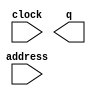
// megafunction wizard: %ROM: 1-PORT%VBB%
// GENERATION: STANDARD
// VERSION: WM1.0
// MODULE: altsyncram 

// ============================================================
// Megafunction Name(s):
// 			altsyncram
//
// Simulation Library Files(s):
// 			altera_mf
// ============================================================
// ************************************************************
// THIS IS A WIZARD-GENERATED FILE. DO NOT EDIT THIS FILE!
//
// 11.0 Build 157 04/27/2011 SJ Full Version
// ************************************************************

//Copyright (C) 1991-2011 Altera Corporation
//Your use of Altera Corporation's design tools, logic functions 
//and other software and tools, and its AMPP partner logic 
//functions, and any output files from any of the foregoing 
//(including device programming or simulation files), and any 
//associated documentation or information are expressly subject 
//to the terms and conditions of the Altera Program License 
//Subscription Agreement, Altera MegaCore Function License 
//Agreement, or other applicable license agreement, including, 
//without limitation, that your use is for the sole purpose of 
//programming logic devices manufactured by Altera and sold by 
//Altera or its authorized distributors.  Please refer to the 
//applicable agreement for further details.

module ROM (
	address,
	clock,
	q);

	input	[18:0]  address;
	input	  clock;
	output	[0:0]  q;
`ifndef ALTERA_RESERVED_QIS
// synopsys translate_off
`endif
	tri1	  clock;
`ifndef ALTERA_RESERVED_QIS
// synopsys translate_on
`endif

endmodule

// ============================================================
// CNX file retrieval info
// ============================================================
// Retrieval info: PRIVATE: ADDRESSSTALL_A NUMERIC "0"
// Retrieval info: PRIVATE: AclrAddr NUMERIC "0"
// Retrieval info: PRIVATE: AclrByte NUMERIC "0"
// Retrieval info: PRIVATE: AclrOutput NUMERIC "0"
// Retrieval info: PRIVATE: BYTE_ENABLE NUMERIC "0"
// Retrieval info: PRIVATE: BYTE_SIZE NUMERIC "8"
// Retrieval info: PRIVATE: BlankMemory NUMERIC "0"
// Retrieval info: PRIVATE: CLOCK_ENABLE_INPUT_A NUMERIC "0"
// Retrieval info: PRIVATE: CLOCK_ENABLE_OUTPUT_A NUMERIC "0"
// Retrieval info: PRIVATE: Clken NUMERIC "0"
// Retrieval info: PRIVATE: IMPLEMENT_IN_LES NUMERIC "0"
// Retrieval info: PRIVATE: INIT_FILE_LAYOUT STRING "PORT_A"
// Retrieval info: PRIVATE: INIT_TO_SIM_X NUMERIC "0"
// Retrieval info: PRIVATE: INTENDED_DEVICE_FAMILY STRING "Cyclone II"
// Retrieval info: PRIVATE: JTAG_ENABLED NUMERIC "0"
// Retrieval info: PRIVATE: JTAG_ID STRING "NONE"
// Retrieval info: PRIVATE: MAXIMUM_DEPTH NUMERIC "0"
// Retrieval info: PRIVATE: MIFfilename STRING "RGB1.mif"
// Retrieval info: PRIVATE: NUMWORDS_A NUMERIC "307200"
// Retrieval info: PRIVATE: RAM_BLOCK_TYPE NUMERIC "2"
// Retrieval info: PRIVATE: RegAddr NUMERIC "1"
// Retrieval info: PRIVATE: RegOutput NUMERIC "1"
// Retrieval info: PRIVATE: SYNTH_WRAPPER_GEN_POSTFIX STRING "0"
// Retrieval info: PRIVATE: SingleClock NUMERIC "1"
// Retrieval info: PRIVATE: UseDQRAM NUMERIC "0"
// Retrieval info: PRIVATE: WidthAddr NUMERIC "19"
// Retrieval info: PRIVATE: WidthData NUMERIC "1"
// Retrieval info: PRIVATE: rden NUMERIC "0"
// Retrieval info: LIBRARY: altera_mf altera_mf.altera_mf_components.all
// Retrieval info: CONSTANT: CLOCK_ENABLE_INPUT_A STRING "BYPASS"
// Retrieval info: CONSTANT: CLOCK_ENABLE_OUTPUT_A STRING "BYPASS"
// Retrieval info: CONSTANT: INIT_FILE STRING "RGB1.mif"
// Retrieval info: CONSTANT: INTENDED_DEVICE_FAMILY STRING "Cyclone II"
// Retrieval info: CONSTANT: LPM_HINT STRING "ENABLE_RUNTIME_MOD=NO"
// Retrieval info: CONSTANT: LPM_TYPE STRING "altsyncram"
// Retrieval info: CONSTANT: NUMWORDS_A NUMERIC "307200"
// Retrieval info: CONSTANT: OPERATION_MODE STRING "ROM"
// Retrieval info: CONSTANT: OUTDATA_ACLR_A STRING "NONE"
// Retrieval info: CONSTANT: OUTDATA_REG_A STRING "CLOCK0"
// Retrieval info: CONSTANT: RAM_BLOCK_TYPE STRING "M4K"
// Retrieval info: CONSTANT: WIDTHAD_A NUMERIC "19"
// Retrieval info: CONSTANT: WIDTH_A NUMERIC "1"
// Retrieval info: CONSTANT: WIDTH_BYTEENA_A NUMERIC "1"
// Retrieval info: USED_PORT: address 0 0 19 0 INPUT NODEFVAL "address[18..0]"
// Retrieval info: USED_PORT: clock 0 0 0 0 INPUT VCC "clock"
// Retrieval info: USED_PORT: q 0 0 1 0 OUTPUT NODEFVAL "q[0..0]"
// Retrieval info: CONNECT: @address_a 0 0 19 0 address 0 0 19 0
// Retrieval info: CONNECT: @clock0 0 0 0 0 clock 0 0 0 0
// Retrieval info: CONNECT: q 0 0 1 0 @q_a 0 0 1 0
// Retrieval info: GEN_FILE: TYPE_NORMAL ROM.v TRUE
// Retrieval info: GEN_FILE: TYPE_NORMAL ROM.inc FALSE
// Retrieval info: GEN_FILE: TYPE_NORMAL ROM.cmp FALSE
// Retrieval info: GEN_FILE: TYPE_NORMAL ROM.bsf FALSE
// Retrieval info: GEN_FILE: TYPE_NORMAL ROM_inst.v FALSE
// Retrieval info: GEN_FILE: TYPE_NORMAL ROM_bb.v TRUE
// Retrieval info: LIB_FILE: altera_mf